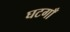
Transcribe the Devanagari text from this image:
घटगाँ